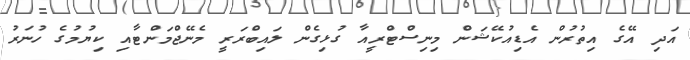
އަދި އޭގެ އިތުރުން އެޑިއުކޭޝަން މިނިސްޓްރީއާ ގުޅިގެން ލައިބްރަރީ މެނޭޖްމަންޓާއި ކިޔުމުގެ ހުނަރު